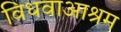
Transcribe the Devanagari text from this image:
विधवाआश्रम